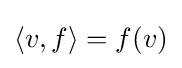
\langle v,f\rangle =f(v)